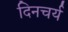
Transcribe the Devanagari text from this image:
दिनचर्य